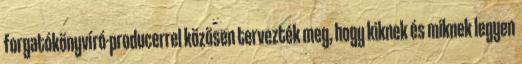
forgatókönyvíró-producerrel közösen tervezték meg, hogy kiknek és miknek legyen